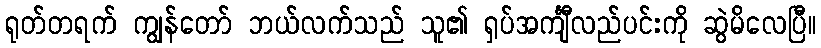
ရုတ်တရက် ကျွန်တော် ဘယ်လက်သည် သူ၏ ရှပ်အင်္ကျီလည်ပင်းကို ဆွဲမိလေပြီ။